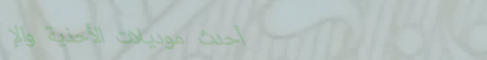
أحدث موديلات الأحذية والإ